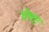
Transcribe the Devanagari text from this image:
चेष्ता